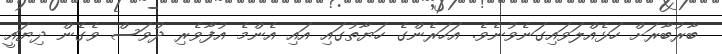
ބާރުބާރަށް ހަޅެއްލަވައިގަނެވުނެވެ. އަހަރެންގެ ހަޔާތުގައި އައި އެންމެ އުފާވެރި ދުވަސް ވެގެން ދިޔައީ